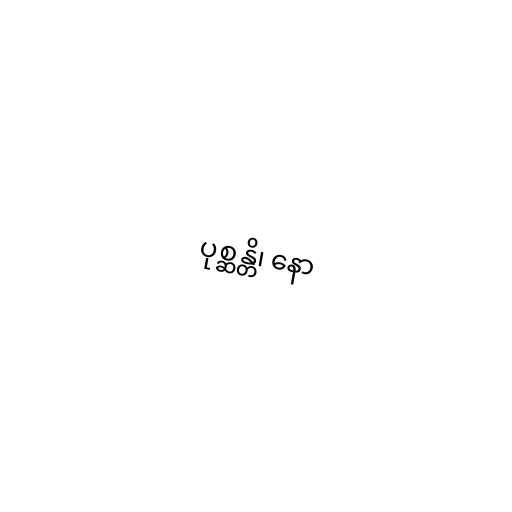
ပုစ္ဆန္တိ၊ နော